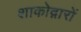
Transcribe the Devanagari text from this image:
शाकोद्गारों